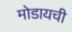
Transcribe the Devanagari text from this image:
मोडायची